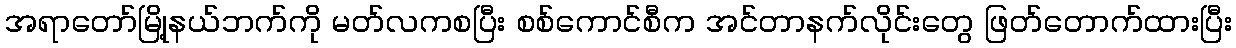
အရာတော်မြို့နယ်ဘက်ကို မတ်လကစပြီး စစ်ကောင်စီက အင်တာနက်လိုင်းတွေ ဖြတ်တောက်ထားပြီး